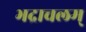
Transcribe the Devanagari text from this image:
भद्राचलम्‌